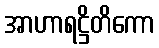
အာဟာရဋ္ဌိတိကော